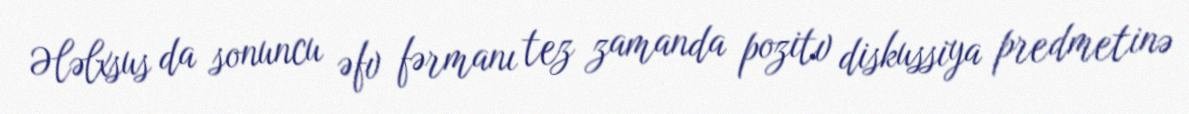
Ələlxsus da sonuncu əfv fərmanı tez zamanda pozitv diskussiya predmetinə